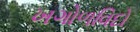
ખગોળવિદો